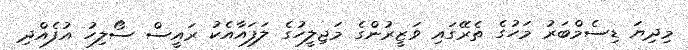
މިދިޔަ ޑިސެމްބަރު މަހުގެ ތެރޭގައި ވަޒީރުންގެ މަޖިލީހުގެ ލަފައާއެކު ރައީސް ސޯލިހު އުފެއްދި